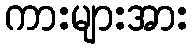
ကားများအား